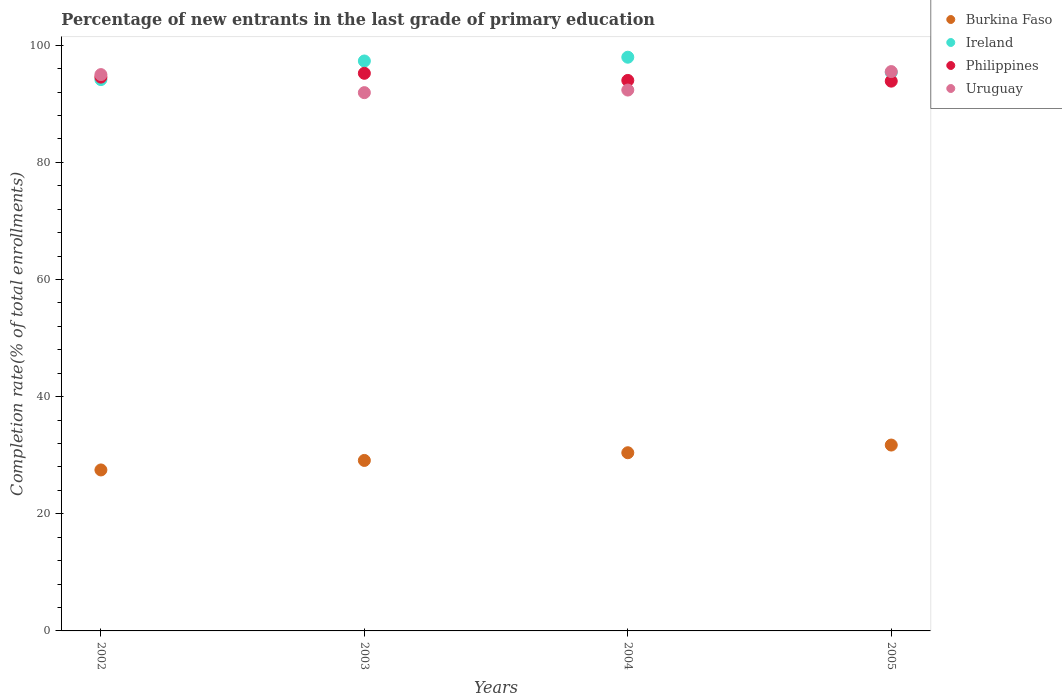
| Years | Burkina Faso | Ireland | Philippines | Uruguay |
 | --- | --- | --- | --- | --- |
 | 2002 | 27.5 | 94.1 | 94.5 | 95 |
 | 2003 | 29.1 | 97.3 | 95.2 | 91.9 |
 | 2004 | 30.4 | 97.9 | 94 | 92.3 |
 | 2005 | 31.7 | 95.3 | 93.9 | 95.5 |